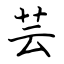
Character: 芸